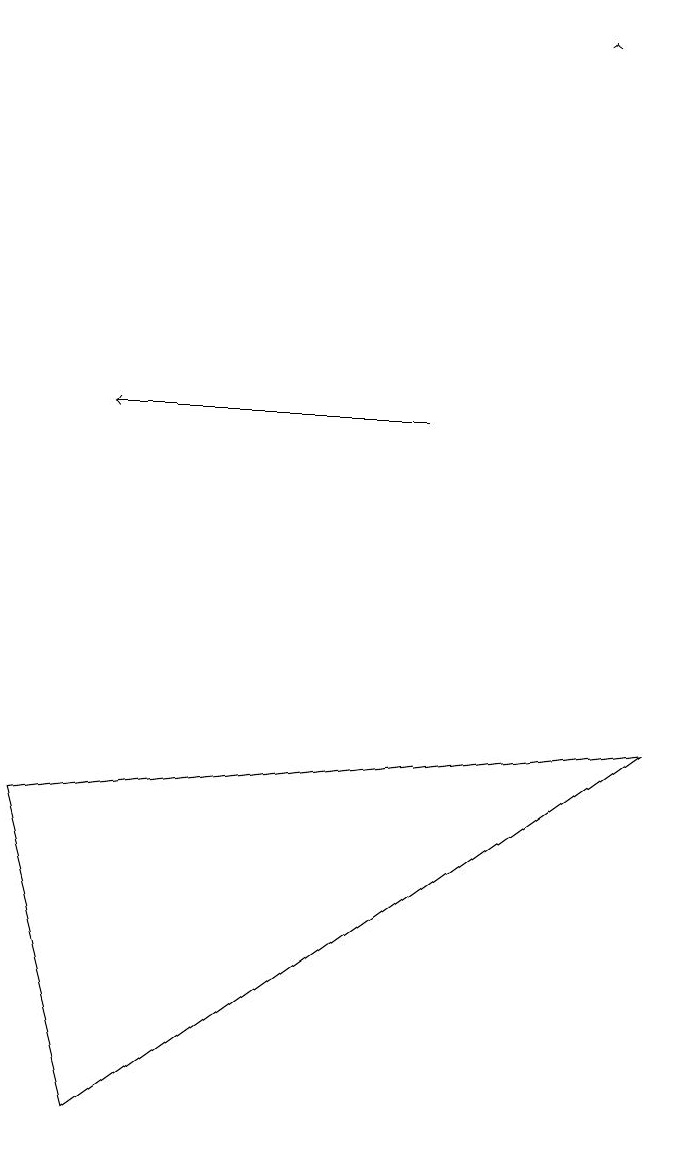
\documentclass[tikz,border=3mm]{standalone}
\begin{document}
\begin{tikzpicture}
\draw (9,7) -- (2,2) -- (1,6) -- cycle;
\draw[->] (6,11) -- (2,11);
\draw[->] (8,16) -- (8,16);
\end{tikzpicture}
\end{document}